King Institute of Preventive Medicine Micro-Biological Section reports 1912-19
Year: 1912
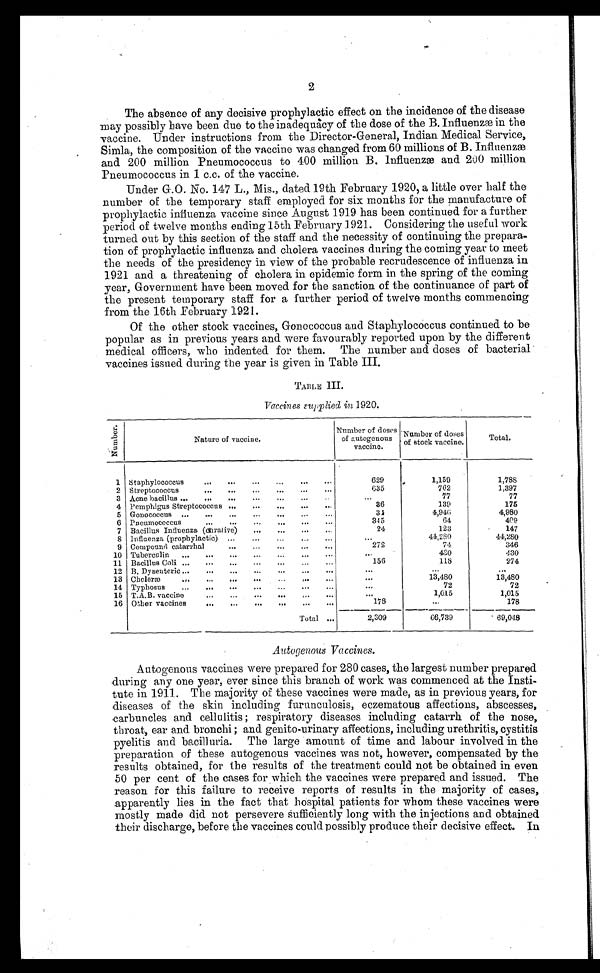
2
The absence of any decisive prophylactic effect on the incidence of the disease
may possibly have been due to the inadequacy of the dose of the B.Influenzæ in the
vaccine. Under instructions from the Director-General, Indian Medical Service,
Simla, the composition of the vaccine was changed from 60 millions of B. Influenzæ
and 200 million Pneumococcus to 400 million B. Influenzæ and 200 million
Pneumococcus in 1 c.c. of the vaccine.
Under G.O. No. 147 L., Mis., dated 19th February 1920, a little over half the
number of the temporary staff employed for six months for the manufacture of
prophylactic influenza vaccine since August 1919 has been continued for a further
period of twelve months ending 15th February 1921. Considering the useful work
turned out by this section of the staff and the necessity of continuing the prepara
-
tion of prophylactic influenza and cholera vaccines during the coming year to meet
the needs of the presidency in view of the probable recrudescence of influenza in
1921 and a threatening of cholera in epidemic form in the spring of the coming
year, Government have been moved for the sanction of the continuance of part of
the present temporary staff for a further period of twelve months commencing
from the 16th February 1921.
Of the other stock vaccines, Gonococcus and Staphylococcus continued to be
popular as in previous years and were favourably reported upon by the different
medical offcers, who indented for them. The number and doses of bacterial
vaccines issued during the year is given in Table III.
TABLE III.
Vaccines supplied in 1920.
N u m b e r .
Nature of vaccine.
Number of doses
of autogenous
v a c c i n e .
Number of doses
of stock vaccine.
Total.
1 Staphylococcus . . .
629
1,159
1 , 7 8 8
2 Streptococcus . . .
635
762
1,397
3 Acne bacillus . . .
. . .
77
77
4 Pemphigus Streptococcus . . .
36
139
175
5 Gonococcus . . .
3 4
4,946
4,980
6 Pneumococcus . . .
345
64
409
7 Bacillus Influenza (curative) . . .
24
123
147
8 Influenza (prophylactic) . . .
. . .
44,280
44,280
9 Compound catarrhal . . .
272
74
346
10 Tuberculin . . .
. . .
430
430
11 Bacillus Coli . . .
156
118
274
12 B. Dysenteric . . .
. . .
. . .
. . .
13 Choleræ . . .
. . .
13,480
13,480
14 Typhosus . . .
. . .
72
72
15 T.A.B. vaccine . . .
. . .
1,015
1,015
16 Other vaccines
178
. . .
178
Total . . .
2,309
66,739
69,048
Autogenous Vaccines.
Autogenous vaccines were prepared for 280 cases, the largest number prepared
during any one year, ever since this branch of work was commenced at the Insti
-
tute in 1911. The majority of these vaccines were made, as in previous years, for
diseases of the skin including furunculosis, eczematous affections, abscesses,
carbuncles and cellulitis; respiratory diseases including catarrh of the nose,
throat, ear and bronchi ; and genito-urinary affections, including urethritis, cystitis
pyelitis and bacilluria. The large amount of time and labour involved in the
preparation of these autogenous vaccines was not, however, compensated by the
results obtained, for the results of the treatment could not be obtained in even
50 per cent of the cases for which the vaccines were prepared and issued. The
reason for this failure to receive reports of results in the majority of cases,
apparently lies in the fact that hospital patients for whom these vaccines were
mostly made did not persevere sufficiently long with the injections and obtained
their discharge, before the vaccines could possibly produce their decisive effect. In